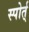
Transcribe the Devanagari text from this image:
स्पोर्त्